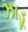
ઝાડૂ